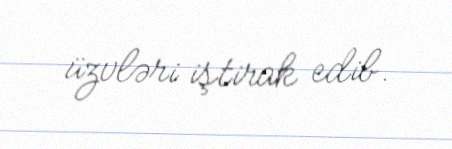
üzvləri iştirak edib.